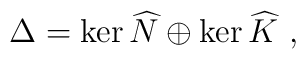
\Delta = \ker\widehat{N} \oplus \ker\widehat{K}~,